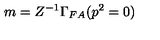
m = Z ^ { - 1 } \Gamma _ { F A } ( p ^ { 2 } = 0 )